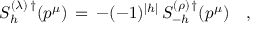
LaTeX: { \cal S } _ { h } ^ { ( \lambda ) \, \dagger } ( p ^ { \mu } ) \, = \, - ( - 1 ) ^ { | h | } \, { \cal S } _ { - h } ^ { ( \rho ) \, \dagger } ( p ^ { \mu } ) \quad ,